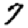
Digit: 7